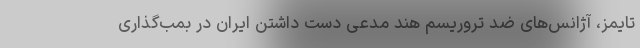
تایمز، آژانس‌های ضد تروریسم هند مدعی دست داشتن ایران در بمب‌گذاری